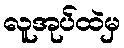
လူအုပ်ထဲမှ